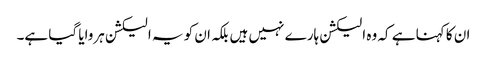
ان کا کہنا ہے کہ وہ الیکشن ہارے نہیں ہیں بلکہ ان کو یہ الیکشن ہروایا گیا ہے۔